Tartu_kinnistusamet, lk 14
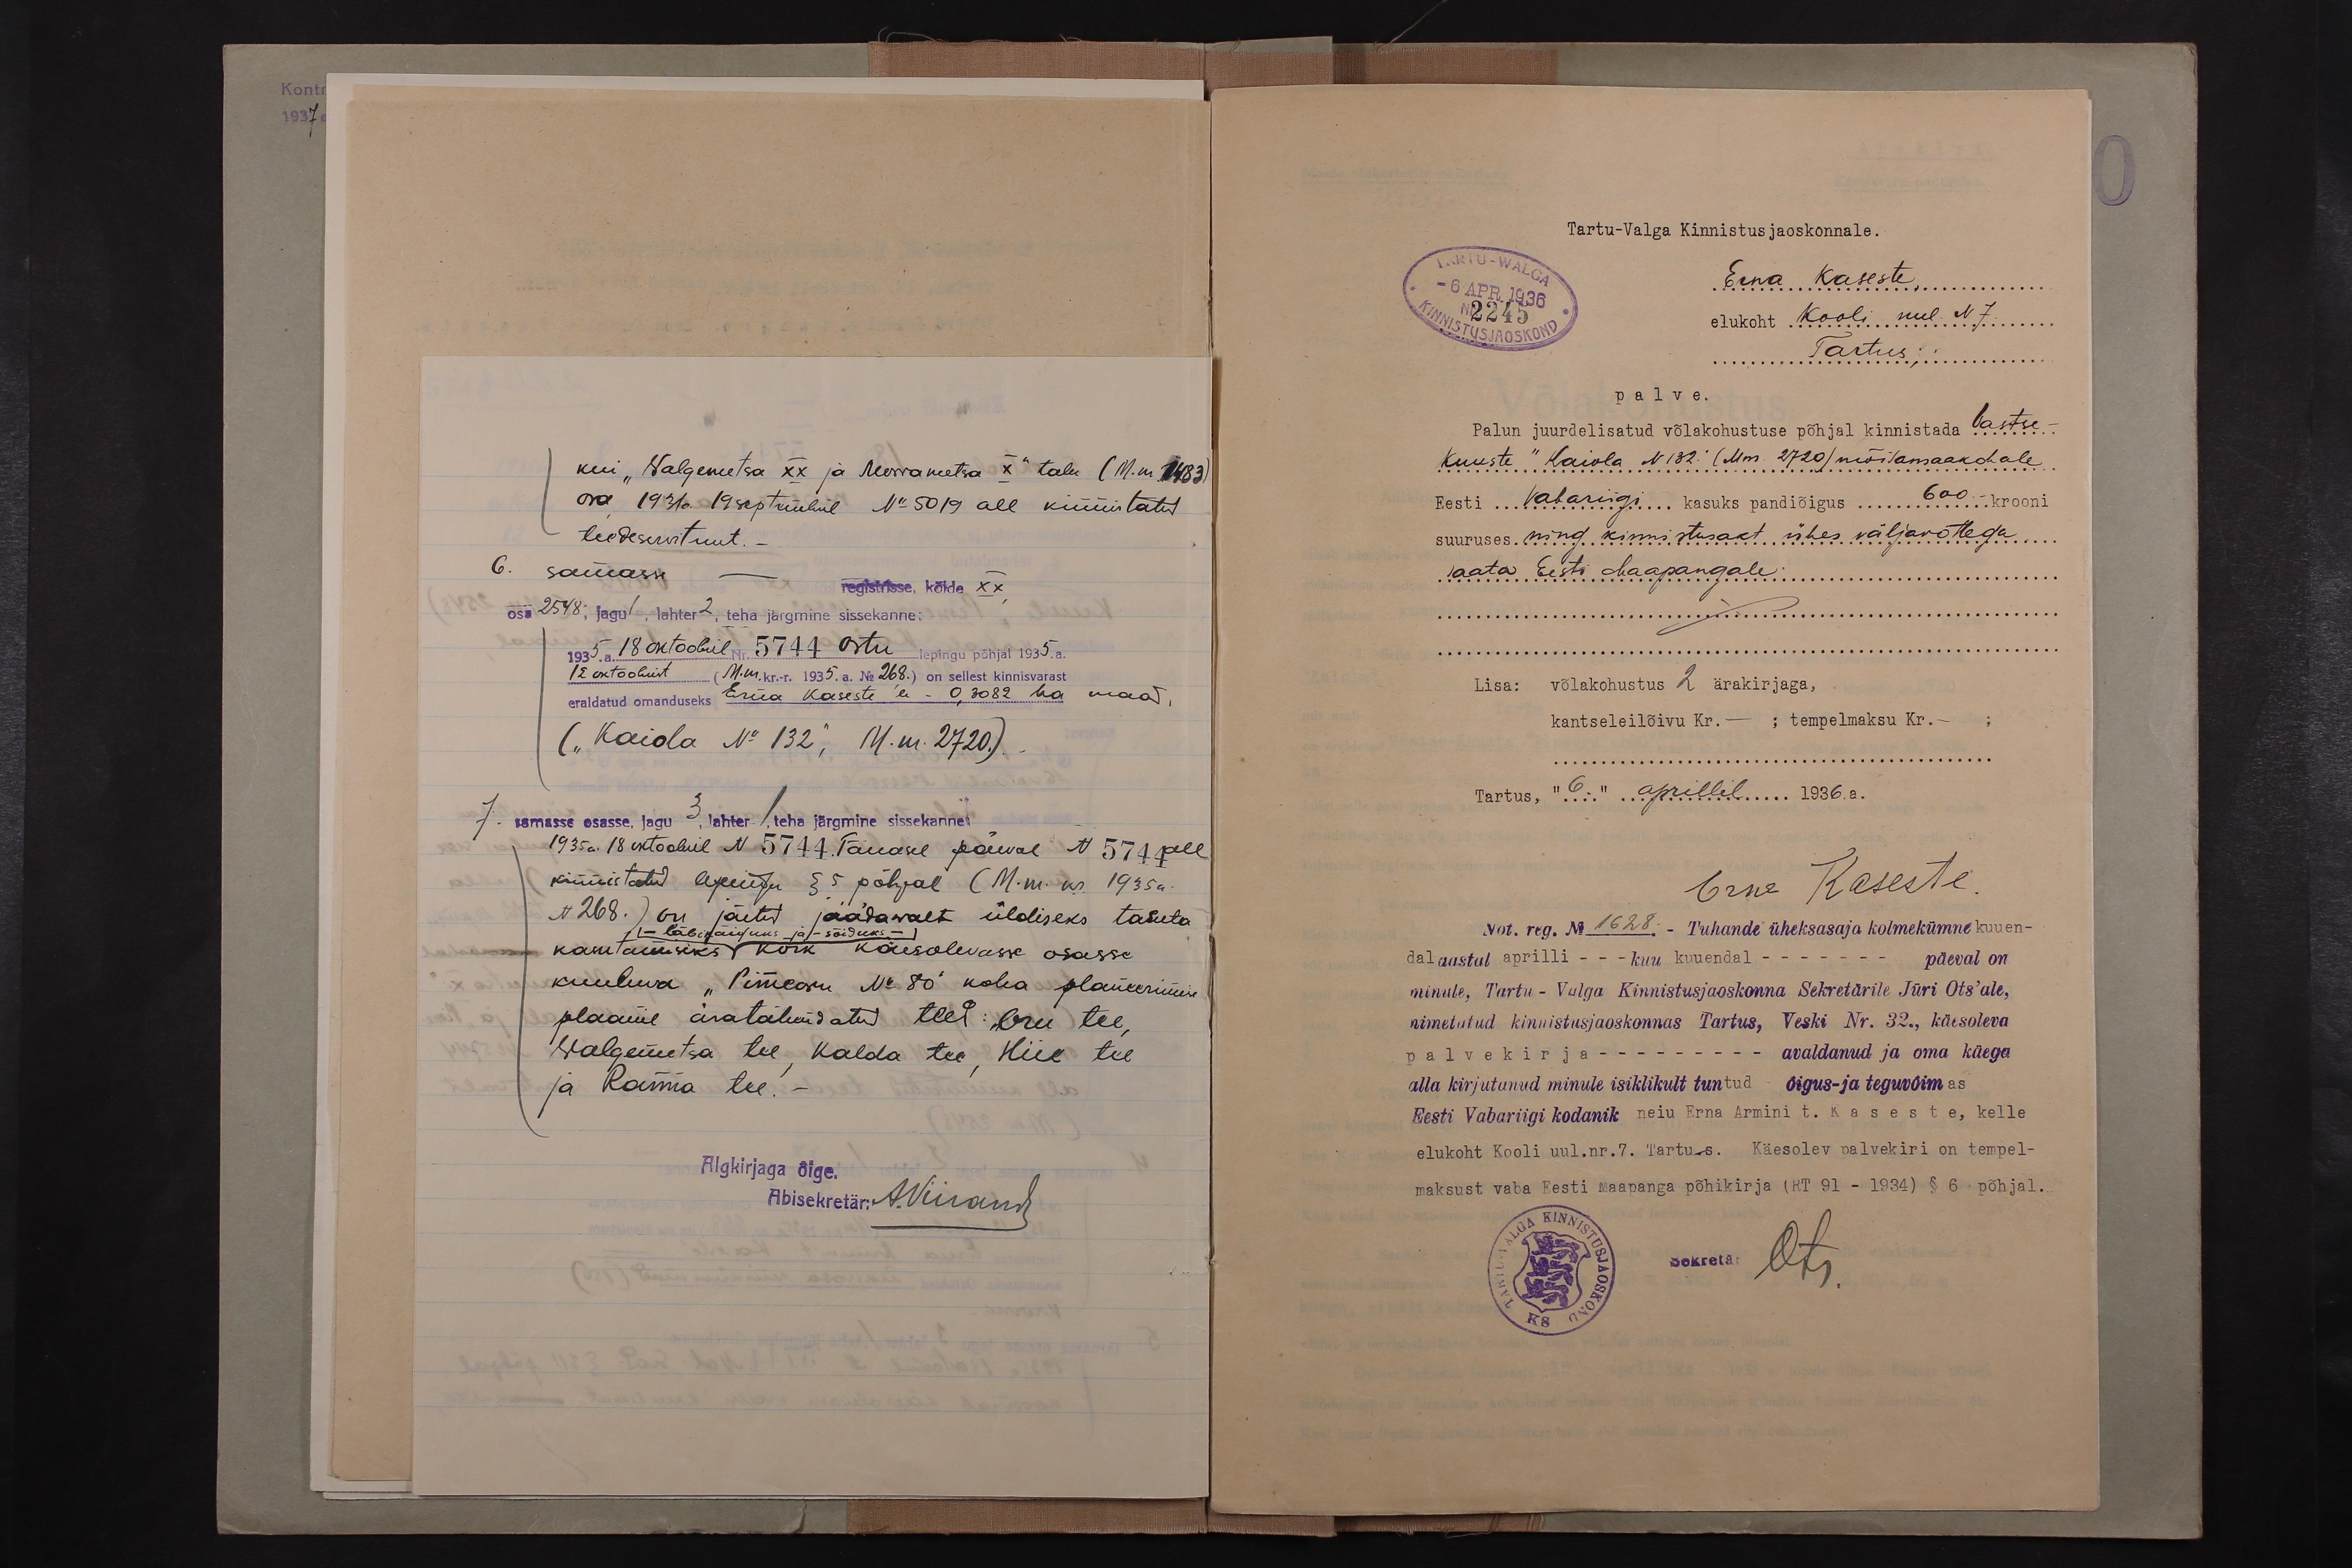
kui "Walgemetsa XX ja Morrametsa x" talu (M.m.1483).
osa 1931a. 19 septembril No: 5019 all kinnistatud
teedeservituut.
6.
samasse.
registrisse, kõide xx
osa 2548, jagu 1, lahter 2, teha järgmine sissekanne:
1935 a 18 oktoobril Nr. 5744 ostu lepingu põhjal 1935. a.
12 oktoobrist (M.nr.kr.-r. 1935.a. No 268.) on sellest kinnisvarast
eraldatud omanduseks Erna Kaseste'le - 0,3082 ha maad,
(„Kaiola No 132," M. nr. 2720).
7.
samasse osasse, jagu 3, lahter / teha järgmine sissekanne,
1935 a. 18 oktoobril N 5744. Tänasel päeval N 5744 all
kinnistatud lepingu § 5 põhjal (M.m. kr. 1935 a.
N 268.) on jäetud jäädawalt üldiseks tasuta
- läbikäiguks ja - sõiduks -
kasutamiseks kõik käesolevasse osasse
kuuluva "Pimeoru No 80" koha planeerimise
plaanil äratähendatud teed: Oru tee,
Walgemetsa tee, kalda tee, Hiie tee
ja Ranna tee.-
Algkirjaga õige
Abisekretär: A. Viirand

Tartu-Valga Kinnistusjaoskonnale.
TARTU-WALGA
Erna Kaseste
elukoht Kooli uul. N 7.
Tartus
palve.
Palun juurdelisatud võlakohustuse põhjal kinnistada Vastse-
Kuuste" Kaiola N132. (Mnr. 2720) mõisamaakohale
Eesti Vabariigi... kasuks pandiõigus 600.- krooni
suuruses ning kinnistusakt ühes väljavõttega...
saata Eesti Maapangale:
Lisa: võlakohustus 2 ärakirjaga,
kantseleilõivu Kr.- ; tempelmaksu Kr.- ;
Tartus, "6." aprillil 1936.a.
Erna Kaseste
Not. reg. No 1628. - Tuhande üheksasaja kolmekümne kuuen-
dal aastal aprilli - - kuu kuuendal - - - päeval on
minule, Tartu - Valga Kinnistusjaoskonna Sekretärile Jüri Ots'ale.
nimetatud kinnistusjaoskonnas Tartus, Veski Nr. 32., käesoleva
palvekirja - - avaldanud ja oma käega
alla kirjutanud minule isiklikult tuntud õigus- ja teguwõimas
Eesti Vabariigi kodanik neiu Erna Armini t. Kaseste, kelle
elukoht Kooli uul.nr.7. Tartu-s. Käesolev palvekiri on tempel-
maksust vaba Eesti Maapanga põhikirja (RT 91 - 1934) § 6 põhjal.
Sekretär
Ots.